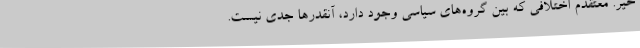
خیر. معتقدم اختلافی که بین گروه‌های سیاسی وجود دارد، آنقدرها جدی نیست.